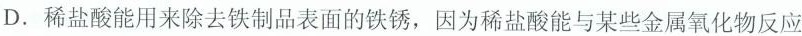
D.稀盐酸能用来除去铁制品表面的铁锈，因为稀盐酸能与某些金属氧化物反应